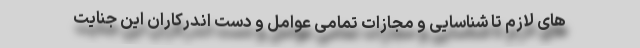
های لازم تا شناسایی و مجازات تمامی عوامل و دست اندرکاران این جنایت